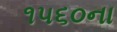
૧૫૬૦ના